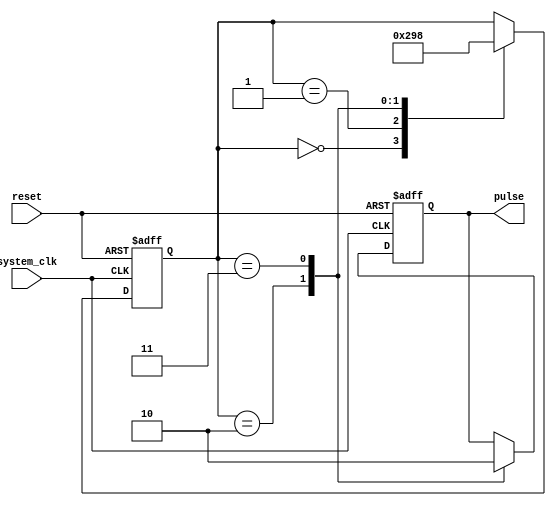
module Asynchronous_Pulse_Generator (
    input wire system_clk,
    input wire reset,
    output reg pulse
);

reg [2:0] count;
reg pulse_reg;

always @(posedge system_clk or posedge reset) begin
    if (reset) begin
        count <= 3'b000;
        pulse_reg <= 1'b0;
    end else begin
        case (count)
            3'b000: count <= 3'b001;
            3'b001: count <= 3'b010;
            3'b010: begin
                pulse_reg <= 1'b1;
                count <= 3'b011;
            end
            3'b011: begin
                pulse_reg <= 1'b0;
                count <= 3'b000;
            end
        endcase
    end
end

assign pulse = pulse_reg;

endmodule